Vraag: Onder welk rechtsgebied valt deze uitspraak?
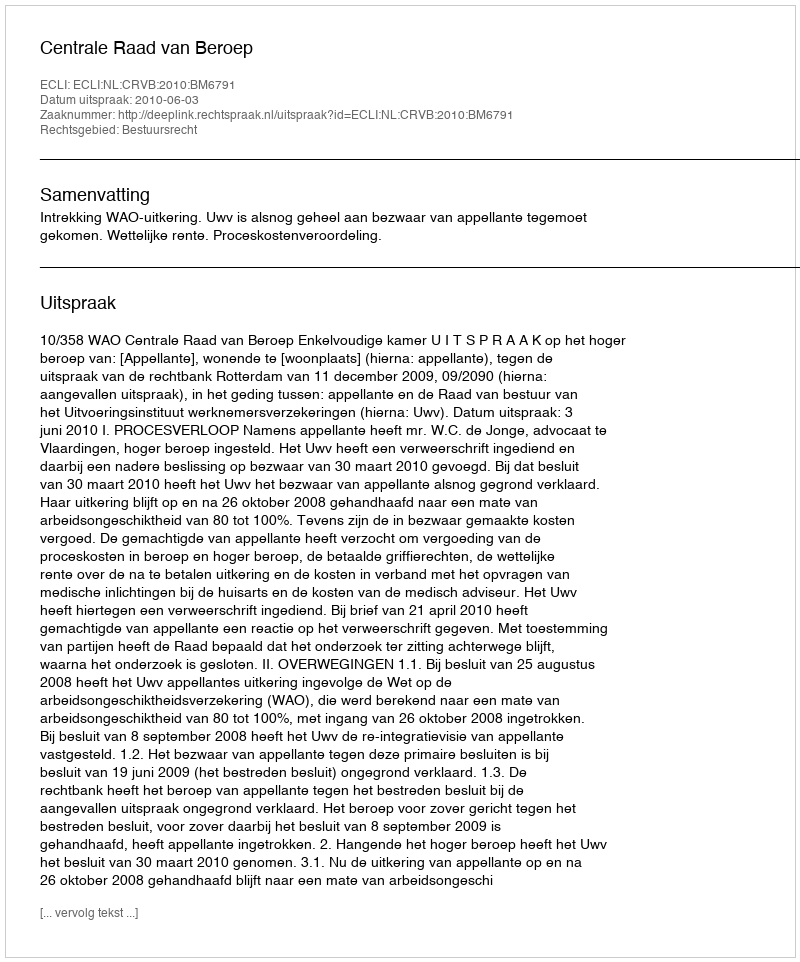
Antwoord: Bestuursrecht